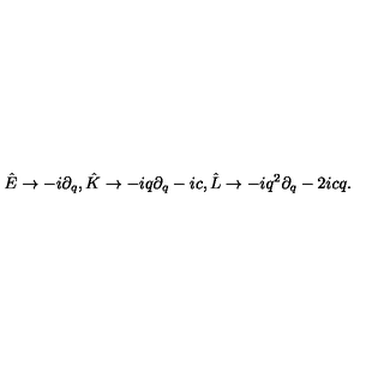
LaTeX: \hat { E } \rightarrow - i \partial _ { q } , \hat { K } \rightarrow - i q \partial _ { q } - i c , \hat { L } \rightarrow - i q ^ { 2 } \partial _ { q } - 2 i c q .